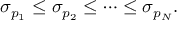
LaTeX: \sigma _ { p _ { 1 } } \leq \sigma _ { p _ { 2 } } \leq \cdots \leq \sigma _ { p _ { N } } .